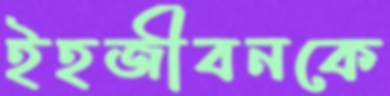
ইহজীবনকে